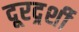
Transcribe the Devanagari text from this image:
दूरदर्र्शी